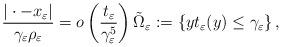
LaTeX: \begin{align*}\frac{|\cdot-x_\varepsilon|}{\gamma_\varepsilon \rho_\varepsilon}=o\left(\frac{t_\varepsilon}{\gamma_\varepsilon^5} \right)\tilde{\Omega}_\varepsilon:=\{y t_\varepsilon(y)\le \gamma_\varepsilon\}\,,\end{align*}